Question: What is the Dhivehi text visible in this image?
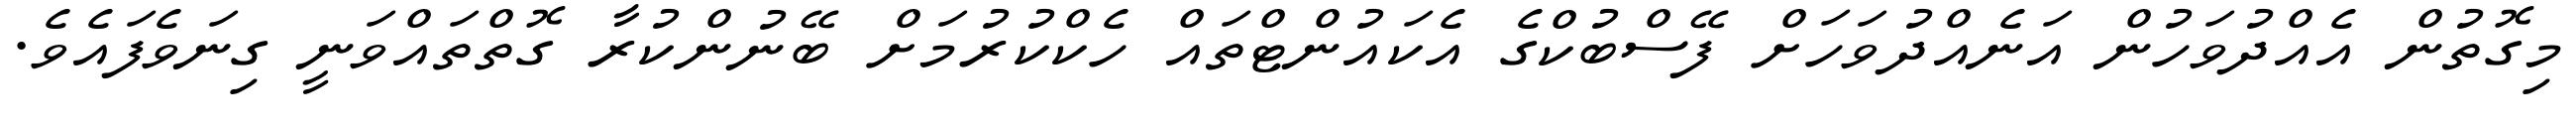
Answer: މިގޮތުން އެއްދުވަހުން އަނެއްދުވަހަށް ފޭސްބުކްގެ އެކައުންޓްތައް ހެކްކުރުމަށް ބޭނުންކުރާ ގޮތްތައްވަނީ ގިނަވެފައެވެ.